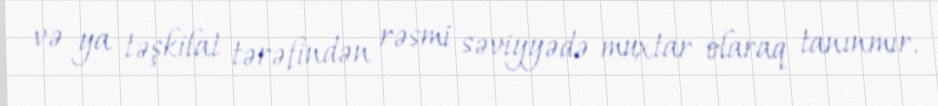
və ya təşkilat tərəfindən rəsmi səviyyədə muxtar olaraq tanınmır.